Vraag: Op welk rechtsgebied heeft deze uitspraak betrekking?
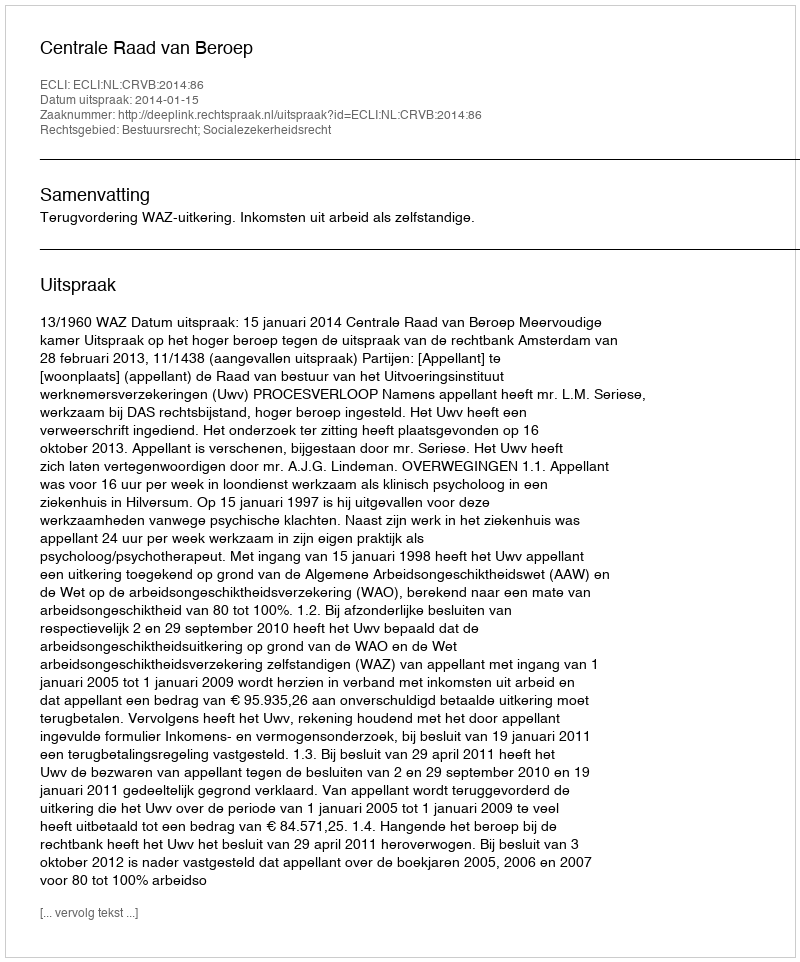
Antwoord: Bestuursrecht; Socialezekerheidsrecht